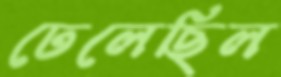
ঢেলেছিল